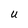
Character: U